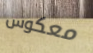
معكوس